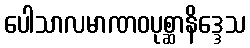
ပေါသာလမာဏဝပုစ္ဆာနိဒ္ဒေသ